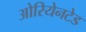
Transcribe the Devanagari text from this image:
ओरियेनटेड